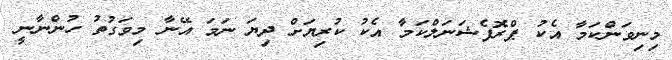
މިނިވަންކަމާ އެކު ޕްރޮފެޝަނަލްކަމާ އެކު ކުރިޔަށް ދިޔަ ނަމަ އޭނާ މިވަގުތު ހުންނާނީ